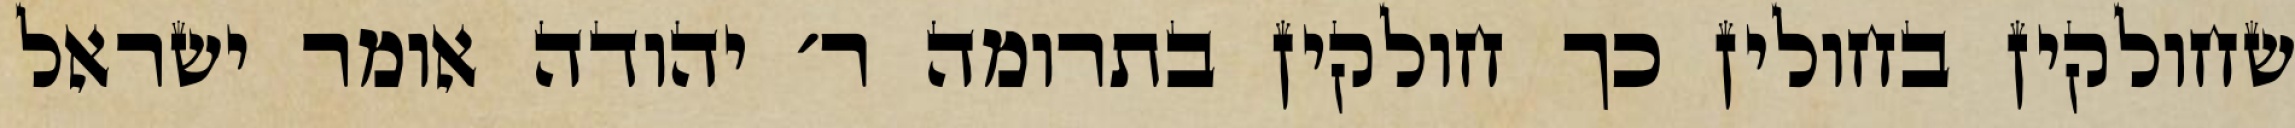
שחולקין בחולין כך חולקין בתרומה ר׳ יהודה אומר ישראל